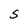
Character: S